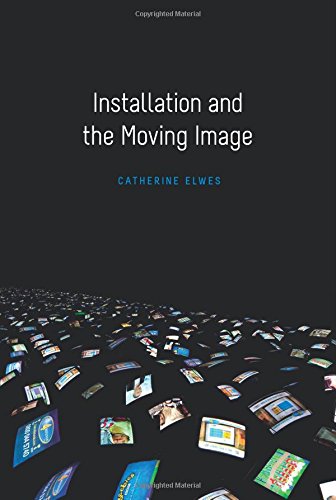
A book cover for Installation and the Moving Image; Catherine Elwes; Humor & Entertainment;